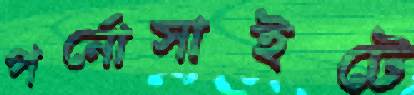
পর্নোসাইটে